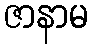
ဇာနာမ